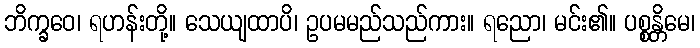
ဘိက္ခဝေ၊ ရဟန်းတို့။ သေယျထာပိ၊ ဥပမမည်သည်ကား။ ရညော၊ မင်း၏။ ပစ္စန္တိမေ၊